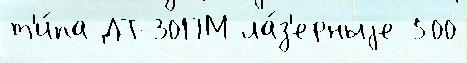
т'и́па ДТ-30ПМ ла́з'ерныjе 500